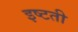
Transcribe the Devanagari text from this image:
इष्टती